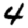
Digit: 4